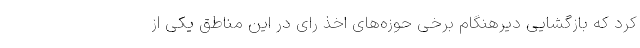
کرد که بازگشایی دیرهنگام برخی حوزه‌های اخذ رای در این مناطق یکی از